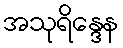
အသုရိန္ဒေန